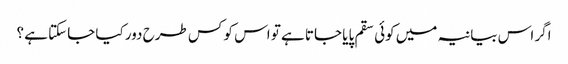
اگر اس بیانیہ میں کوئی سقم پایا جاتا ہے تو اس کو کس طرح دور کیا جاسکتا ہے ؟